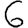
Digit: 6